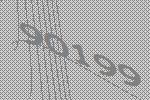
90199